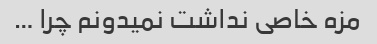
مزه خاصی نداشت نمیدونم چرا …